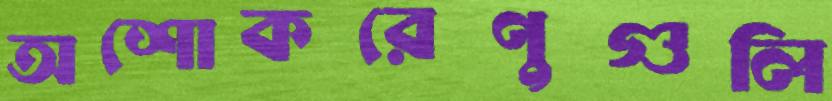
অশোকরেণুগুলি